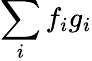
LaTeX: \sum_{i}f_{i}g_{i}